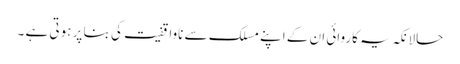
حالانکہ یہ کاروائی ان کے اپنے مسلک سے ناواقفیت کی بنا پر ہوتی ہے ۔